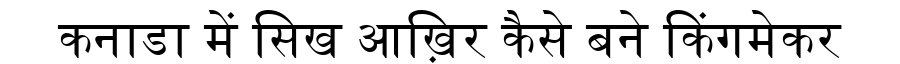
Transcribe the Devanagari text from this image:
कनाडा में सिख आख़िर कैसे बने किंगमेकर